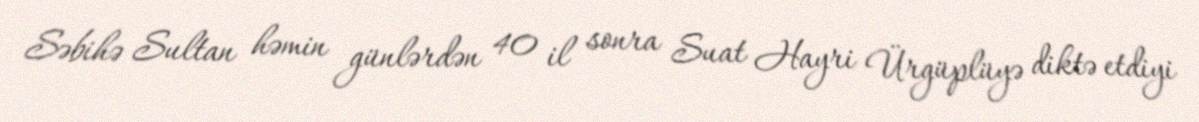
Səbihə Sultan həmin günlərdən 40 il sonra Suat Hayri Ürgüplüyə diktə etdiyi